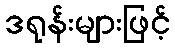
ဒရုန်းများဖြင့်